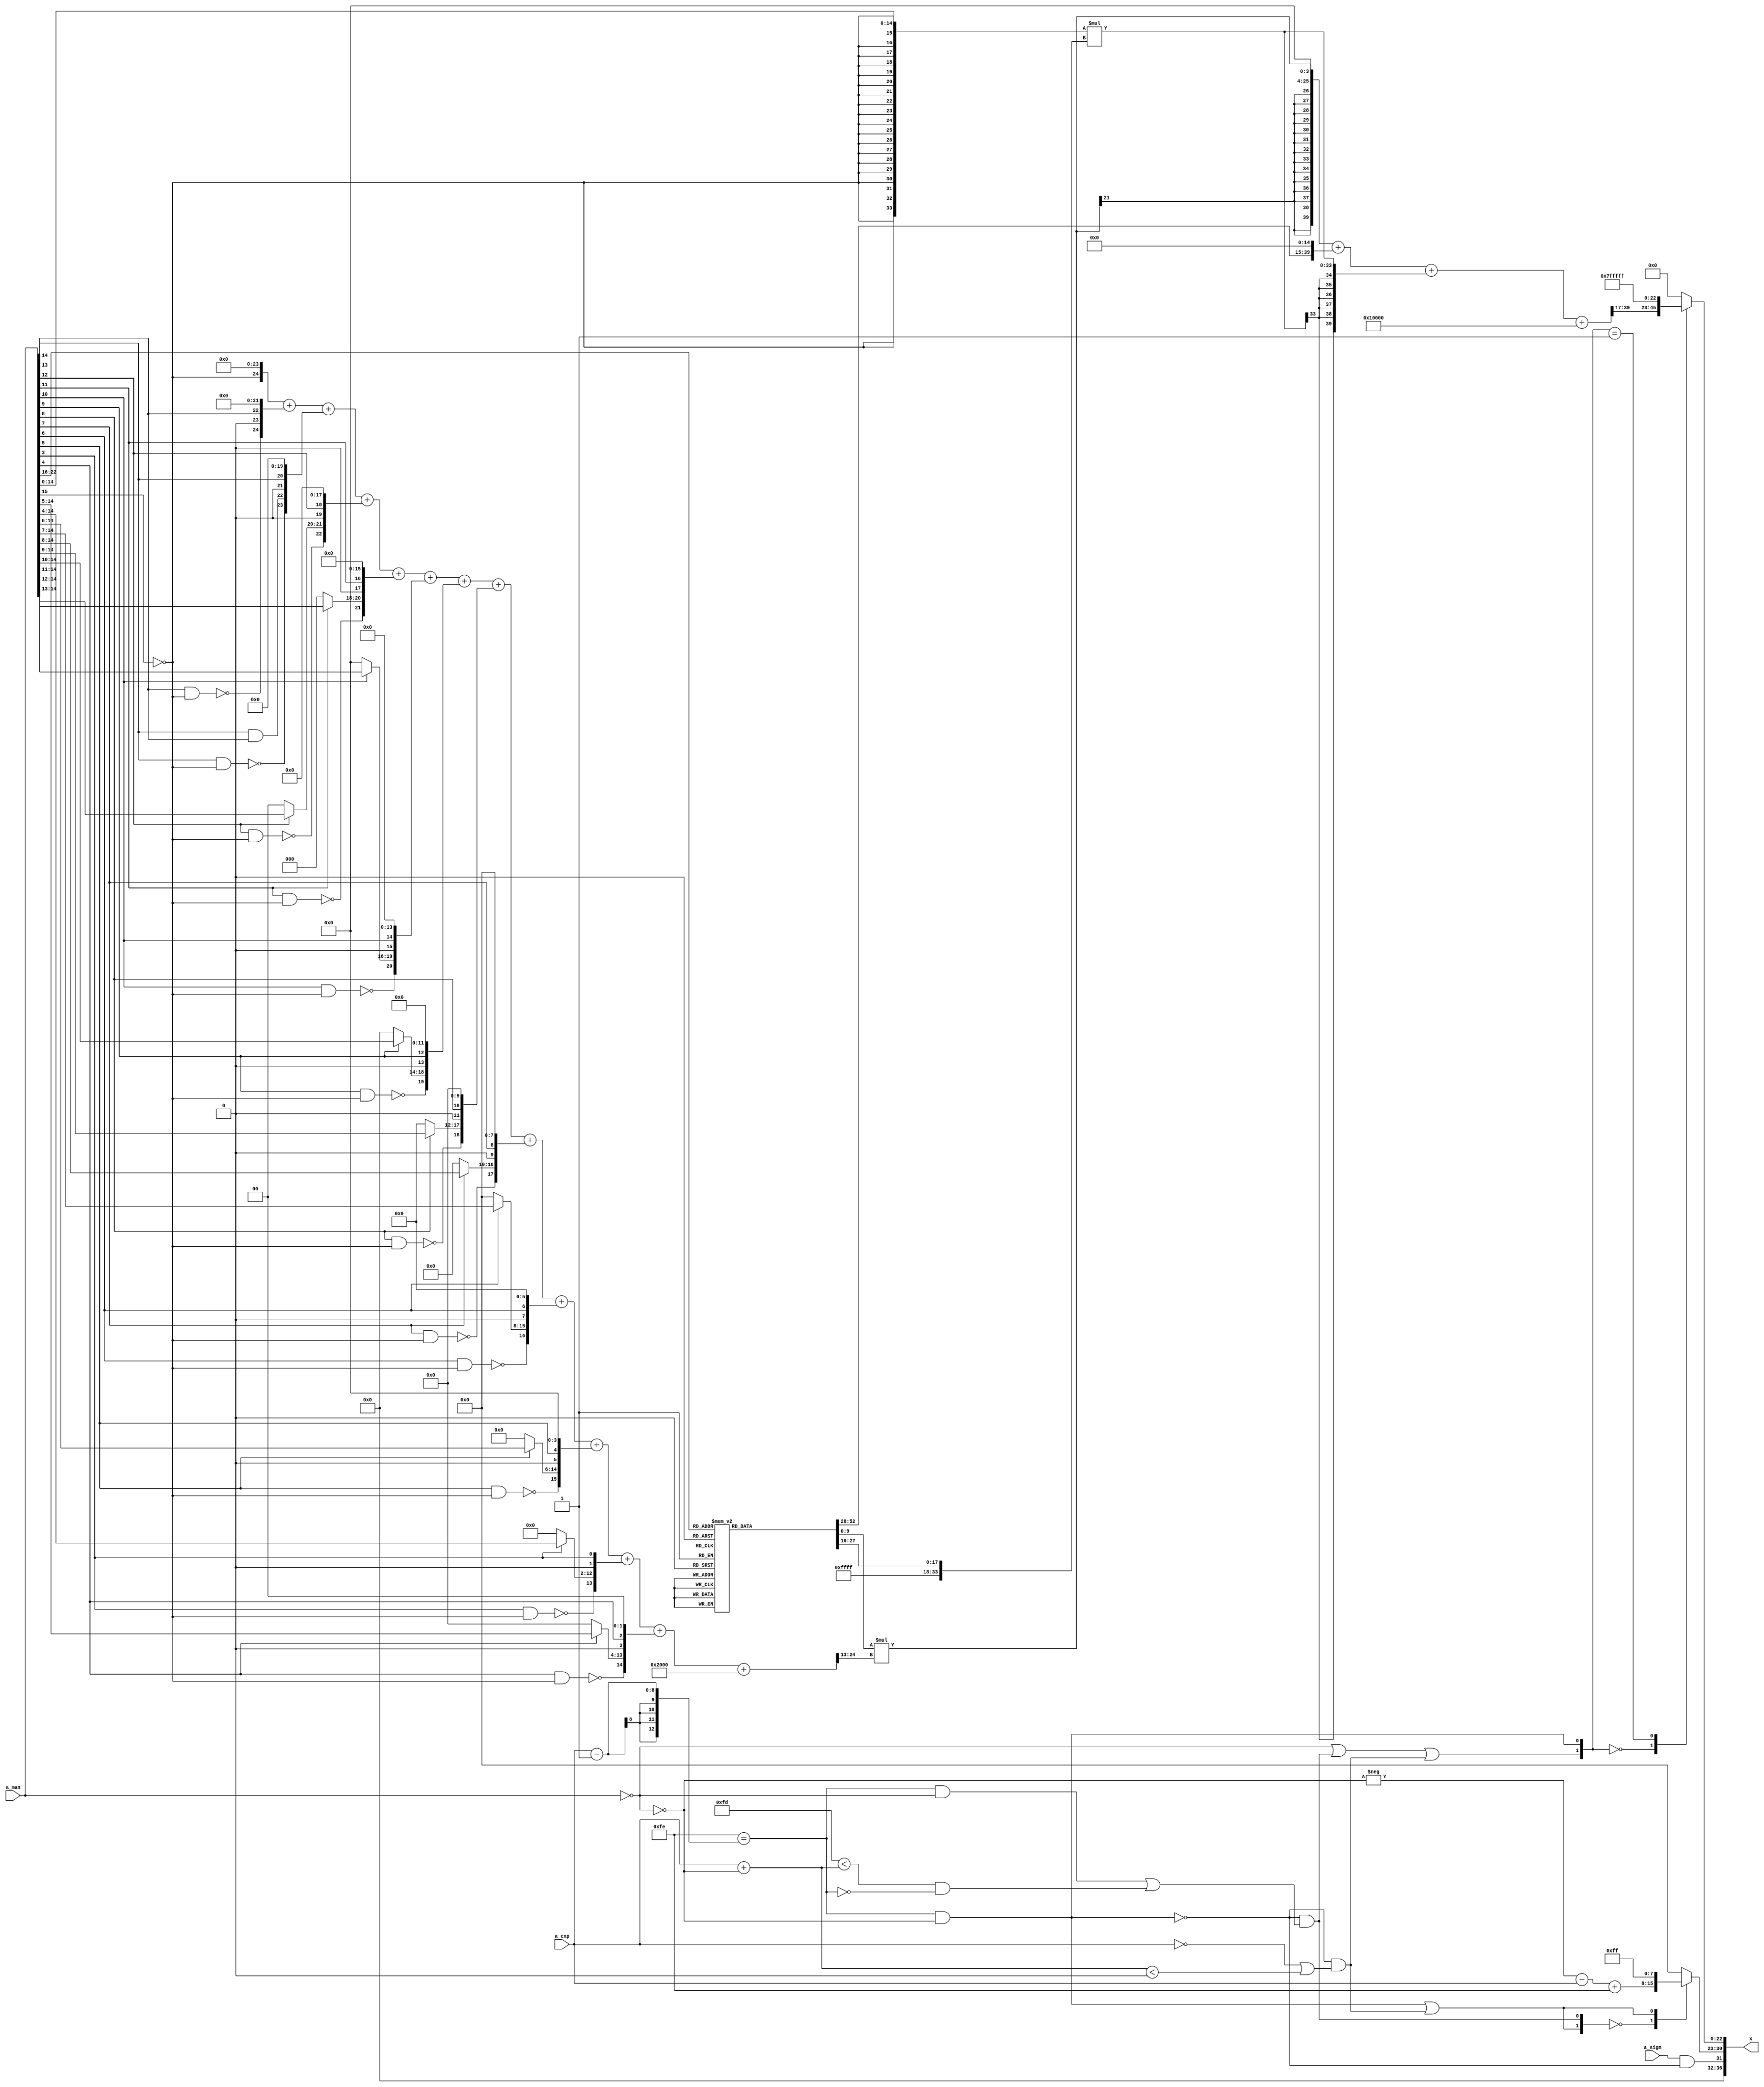
/*****************************************************************************
    Verilog RTL Description
    
    
    Created by: CellMath Designer 2019.1.01 
*******************************************************************************/

module float_div_cynw_cm_float_rcp_E8_M23_2_0 (
	a_sign,
	a_exp,
	a_man,
	x
	); /* architecture "behavioural" */ 
input  a_sign;
input [7:0] a_exp;
input [22:0] a_man;
output [36:0] x;
wire  inst_cellmath__16,
	inst_cellmath__17,
	inst_cellmath__18,
	inst_cellmath__22,
	inst_cellmath__24,
	inst_cellmath__25,
	inst_cellmath__26,
	inst_cellmath__28,
	inst_cellmath__29,
	inst_cellmath__30;
wire [7:0] inst_cellmath__31,
	inst_cellmath__32;
wire  inst_cellmath__34;
wire [15:0] inst_cellmath__36;
wire [18:0] inst_cellmath__38;
wire [26:0] inst_mult_d_cellmath__49;
wire [23:0] inst_FP_RECIP_MULT_C_mult_c_datapath_prodSum;
wire [36:0] inst_FP_RECIP_MULT_B_mult_b_datapath_prodSum;
wire [39:0] inst_cellmath__57;
wire [22:0] inst_cellmath__59;
wire [31:0] inst_cellmath__69;
wire [0:0] inst_cellmath__22__5,
	inst_cellmath__22__4,
	inst_cellmath__28__7,
	inst_cellmath__29__8,
	inst_cellmath__32__14;
wire [1:0] inst_mult_d_cellmath__49__17,
	inst_mult_d_cellmath__49__16;
wire [10:0] inst_mult_d_cellmath__49__18;
wire [13:0] inst_mult_d_cellmath__49__15;
wire [1:0] inst_mult_d_cellmath__49__22,
	inst_mult_d_cellmath__49__21;
wire [9:0] inst_mult_d_cellmath__49__23;
wire [12:0] inst_mult_d_cellmath__49__20;
wire [1:0] inst_mult_d_cellmath__49__27,
	inst_mult_d_cellmath__49__26;
wire [8:0] inst_mult_d_cellmath__49__28;
wire [11:0] inst_mult_d_cellmath__49__25;
wire [1:0] inst_mult_d_cellmath__49__32,
	inst_mult_d_cellmath__49__31;
wire [7:0] inst_mult_d_cellmath__49__33;
wire [10:0] inst_mult_d_cellmath__49__30;
wire [1:0] inst_mult_d_cellmath__49__37,
	inst_mult_d_cellmath__49__36;
wire [6:0] inst_mult_d_cellmath__49__38;
wire [9:0] inst_mult_d_cellmath__49__35;
wire [1:0] inst_mult_d_cellmath__49__42,
	inst_mult_d_cellmath__49__41;
wire [5:0] inst_mult_d_cellmath__49__43;
wire [8:0] inst_mult_d_cellmath__49__40;
wire [1:0] inst_mult_d_cellmath__49__47,
	inst_mult_d_cellmath__49__46;
wire [4:0] inst_mult_d_cellmath__49__48;
wire [7:0] inst_mult_d_cellmath__49__45;
wire [1:0] inst_mult_d_cellmath__49__52,
	inst_mult_d_cellmath__49__51;
wire [3:0] inst_mult_d_cellmath__49__53;
wire [6:0] inst_mult_d_cellmath__49__50;
wire [1:0] inst_mult_d_cellmath__49__57,
	inst_mult_d_cellmath__49__56;
wire [2:0] inst_mult_d_cellmath__49__58;
wire [5:0] inst_mult_d_cellmath__49__55;
wire [1:0] inst_mult_d_cellmath__49__62,
	inst_mult_d_cellmath__49__61,
	inst_mult_d_cellmath__49__63;
wire [4:0] inst_mult_d_cellmath__49__60;
wire [1:0] inst_mult_d_cellmath__49__67,
	inst_mult_d_cellmath__49__66;
wire [0:0] inst_mult_d_cellmath__49__68;
wire [3:0] inst_mult_d_cellmath__49__65;
wire [1:0] inst_mult_d_cellmath__49__72,
	inst_mult_d_cellmath__49__71;
wire [2:0] inst_mult_d_cellmath__49__70;
wire [0:0] inst_cellmath__59__81;
wire [1:0] inst_cellmath__32__14_0,
	inst_cellmath__59__81_0;
wire [52:0] inst_noninc_a_cellmath__42_0;

assign x[32] = 1'B0;

assign inst_cellmath__17 = (13'B0000011111110==(a_exp - 13'B0000000000001));

assign inst_cellmath__18 = (27'B000000000000000000000000000==a_man);

assign inst_cellmath__25 = 
	(inst_cellmath__17)
	&((~inst_cellmath__18));

assign inst_cellmath__16 = (12'B000000000000==a_exp);

assign inst_cellmath__22__5 = ~inst_cellmath__18;

assign inst_cellmath__26 = ((a_exp + inst_cellmath__22__5)<12'B000000000000);

assign inst_cellmath__29__8 = 
	(inst_cellmath__16)
	|(inst_cellmath__26);

assign inst_cellmath__29 = 
	((~inst_cellmath__25))
	&(inst_cellmath__29__8);

assign inst_cellmath__32__14 = 
	(inst_cellmath__25)
	|(inst_cellmath__29);

assign inst_cellmath__24 = 
	(inst_cellmath__17)
	&(inst_cellmath__18);

assign inst_cellmath__22__4 = (14'B00000011111101<(a_exp + inst_cellmath__22__5));

assign inst_cellmath__22 = 
	(inst_cellmath__22__4)
	&((~inst_cellmath__17));

assign inst_cellmath__28__7 = 
	(inst_cellmath__24)
	|(inst_cellmath__22);

assign inst_cellmath__28 = 
	((~inst_cellmath__25))
	&(inst_cellmath__28__7);

assign inst_cellmath__32__14_0 = {inst_cellmath__32__14,inst_cellmath__28};

assign inst_cellmath__30 = 
	(a_sign)
	&((~inst_cellmath__25));

wire [7:0] inst_cellmath__31_tmp_0;
assign inst_cellmath__31_tmp_0 = 
	-(inst_cellmath__22__5)
	-(a_exp);
assign inst_cellmath__31 = inst_cellmath__31_tmp_0
	+(8'B11111110);

reg [7:0] inst_cellmath__32_tmp_1;
assign inst_cellmath__32 = inst_cellmath__32_tmp_1;
always @ (inst_cellmath__32__14_0 or inst_cellmath__31) begin
	casez (inst_cellmath__32__14_0)
		2'B00 : inst_cellmath__32_tmp_1 = inst_cellmath__31 ;
		2'B1? : inst_cellmath__32_tmp_1 = 8'B11111111 ;
		default : inst_cellmath__32_tmp_1 = {8{1'b0}} ;
	endcase
end

assign inst_cellmath__59__81 = 
	(inst_cellmath__18)
	|(inst_cellmath__28)
	|(inst_cellmath__29);

assign inst_cellmath__59__81_0 = {inst_cellmath__59__81,inst_cellmath__25};

assign inst_cellmath__34 = ~a_man[15];

assign inst_mult_d_cellmath__49__72[0] = 
	(a_man[14])
	&(inst_cellmath__34);

assign inst_mult_d_cellmath__49__71[0] = ~inst_mult_d_cellmath__49__72[0];

assign inst_mult_d_cellmath__49__70 = {inst_mult_d_cellmath__49__71[0],1'B0,a_man[14]};

assign inst_mult_d_cellmath__49__67[0] = 
	(a_man[13])
	&(inst_cellmath__34);

assign inst_mult_d_cellmath__49__66[0] = ~inst_mult_d_cellmath__49__67[0];

assign inst_mult_d_cellmath__49__68 = 
	(a_man[13])
	&(a_man[14]);

assign inst_mult_d_cellmath__49__65 = {inst_mult_d_cellmath__49__66[0],inst_mult_d_cellmath__49__68,1'B0,a_man[13]};

assign inst_mult_d_cellmath__49__62[0] = 
	(a_man[12])
	&(inst_cellmath__34);

assign inst_mult_d_cellmath__49__61[0] = ~inst_mult_d_cellmath__49__62[0];

reg [1:0] inst_mult_d_cellmath__49__63_tmp_2;
assign inst_mult_d_cellmath__49__63 = inst_mult_d_cellmath__49__63_tmp_2;
always @ (a_man[12] or a_man[14:13]) begin
	case (a_man[12])
		1'B1 : inst_mult_d_cellmath__49__63_tmp_2 = a_man[14:13] ;
		default : inst_mult_d_cellmath__49__63_tmp_2 = {2{1'b0}} ;
	endcase
end

assign inst_mult_d_cellmath__49__60 = {inst_mult_d_cellmath__49__61[0],inst_mult_d_cellmath__49__63,1'B0,a_man[12]};

assign inst_mult_d_cellmath__49__57[0] = 
	(a_man[11])
	&(inst_cellmath__34);

assign inst_mult_d_cellmath__49__56[0] = ~inst_mult_d_cellmath__49__57[0];

reg [2:0] inst_mult_d_cellmath__49__58_tmp_3;
assign inst_mult_d_cellmath__49__58 = inst_mult_d_cellmath__49__58_tmp_3;
always @ (a_man[11] or a_man[14:12]) begin
	case (a_man[11])
		1'B1 : inst_mult_d_cellmath__49__58_tmp_3 = a_man[14:12] ;
		default : inst_mult_d_cellmath__49__58_tmp_3 = {3{1'b0}} ;
	endcase
end

assign inst_mult_d_cellmath__49__55 = {inst_mult_d_cellmath__49__56[0],inst_mult_d_cellmath__49__58,1'B0,a_man[11]};

assign inst_mult_d_cellmath__49__52[0] = 
	(a_man[10])
	&(inst_cellmath__34);

assign inst_mult_d_cellmath__49__51[0] = ~inst_mult_d_cellmath__49__52[0];

reg [3:0] inst_mult_d_cellmath__49__53_tmp_4;
assign inst_mult_d_cellmath__49__53 = inst_mult_d_cellmath__49__53_tmp_4;
always @ (a_man[10] or a_man[14:11]) begin
	case (a_man[10])
		1'B1 : inst_mult_d_cellmath__49__53_tmp_4 = a_man[14:11] ;
		default : inst_mult_d_cellmath__49__53_tmp_4 = {4{1'b0}} ;
	endcase
end

assign inst_mult_d_cellmath__49__50 = {inst_mult_d_cellmath__49__51[0],inst_mult_d_cellmath__49__53,1'B0,a_man[10]};

assign inst_mult_d_cellmath__49__47[0] = 
	(a_man[9])
	&(inst_cellmath__34);

assign inst_mult_d_cellmath__49__46[0] = ~inst_mult_d_cellmath__49__47[0];

reg [4:0] inst_mult_d_cellmath__49__48_tmp_5;
assign inst_mult_d_cellmath__49__48 = inst_mult_d_cellmath__49__48_tmp_5;
always @ (a_man[9] or a_man[14:10]) begin
	case (a_man[9])
		1'B1 : inst_mult_d_cellmath__49__48_tmp_5 = a_man[14:10] ;
		default : inst_mult_d_cellmath__49__48_tmp_5 = {5{1'b0}} ;
	endcase
end

assign inst_mult_d_cellmath__49__45 = {inst_mult_d_cellmath__49__46[0],inst_mult_d_cellmath__49__48,1'B0,a_man[9]};

assign inst_mult_d_cellmath__49__42[0] = 
	(a_man[8])
	&(inst_cellmath__34);

assign inst_mult_d_cellmath__49__41[0] = ~inst_mult_d_cellmath__49__42[0];

reg [5:0] inst_mult_d_cellmath__49__43_tmp_6;
assign inst_mult_d_cellmath__49__43 = inst_mult_d_cellmath__49__43_tmp_6;
always @ (a_man[8] or a_man[14:9]) begin
	case (a_man[8])
		1'B1 : inst_mult_d_cellmath__49__43_tmp_6 = a_man[14:9] ;
		default : inst_mult_d_cellmath__49__43_tmp_6 = {6{1'b0}} ;
	endcase
end

assign inst_mult_d_cellmath__49__40 = {inst_mult_d_cellmath__49__41[0],inst_mult_d_cellmath__49__43,1'B0,a_man[8]};

assign inst_mult_d_cellmath__49__37[0] = 
	(a_man[7])
	&(inst_cellmath__34);

assign inst_mult_d_cellmath__49__36[0] = ~inst_mult_d_cellmath__49__37[0];

reg [6:0] inst_mult_d_cellmath__49__38_tmp_7;
assign inst_mult_d_cellmath__49__38 = inst_mult_d_cellmath__49__38_tmp_7;
always @ (a_man[7] or a_man[14:8]) begin
	case (a_man[7])
		1'B1 : inst_mult_d_cellmath__49__38_tmp_7 = a_man[14:8] ;
		default : inst_mult_d_cellmath__49__38_tmp_7 = {7{1'b0}} ;
	endcase
end

assign inst_mult_d_cellmath__49__35 = {inst_mult_d_cellmath__49__36[0],inst_mult_d_cellmath__49__38,1'B0,a_man[7]};

assign inst_mult_d_cellmath__49__32[0] = 
	(a_man[6])
	&(inst_cellmath__34);

assign inst_mult_d_cellmath__49__31[0] = ~inst_mult_d_cellmath__49__32[0];

reg [7:0] inst_mult_d_cellmath__49__33_tmp_8;
assign inst_mult_d_cellmath__49__33 = inst_mult_d_cellmath__49__33_tmp_8;
always @ (a_man[6] or a_man[14:7]) begin
	case (a_man[6])
		1'B1 : inst_mult_d_cellmath__49__33_tmp_8 = a_man[14:7] ;
		default : inst_mult_d_cellmath__49__33_tmp_8 = {8{1'b0}} ;
	endcase
end

assign inst_mult_d_cellmath__49__30 = {inst_mult_d_cellmath__49__31[0],inst_mult_d_cellmath__49__33,1'B0,a_man[6]};

assign inst_mult_d_cellmath__49__27[0] = 
	(a_man[5])
	&(inst_cellmath__34);

assign inst_mult_d_cellmath__49__26[0] = ~inst_mult_d_cellmath__49__27[0];

reg [8:0] inst_mult_d_cellmath__49__28_tmp_9;
assign inst_mult_d_cellmath__49__28 = inst_mult_d_cellmath__49__28_tmp_9;
always @ (a_man[5] or a_man[14:6]) begin
	case (a_man[5])
		1'B1 : inst_mult_d_cellmath__49__28_tmp_9 = a_man[14:6] ;
		default : inst_mult_d_cellmath__49__28_tmp_9 = {9{1'b0}} ;
	endcase
end

assign inst_mult_d_cellmath__49__25 = {inst_mult_d_cellmath__49__26[0],inst_mult_d_cellmath__49__28,1'B0,a_man[5]};

assign inst_mult_d_cellmath__49__17[0] = 
	(a_man[3])
	&(inst_cellmath__34);

assign inst_mult_d_cellmath__49__16[0] = ~inst_mult_d_cellmath__49__17[0];

reg [10:0] inst_mult_d_cellmath__49__18_tmp_10;
assign inst_mult_d_cellmath__49__18 = inst_mult_d_cellmath__49__18_tmp_10;
always @ (a_man[3] or a_man[14:4]) begin
	case (a_man[3])
		1'B1 : inst_mult_d_cellmath__49__18_tmp_10 = a_man[14:4] ;
		default : inst_mult_d_cellmath__49__18_tmp_10 = {11{1'b0}} ;
	endcase
end

assign inst_mult_d_cellmath__49__15 = {inst_mult_d_cellmath__49__16[0],inst_mult_d_cellmath__49__18,1'B0,a_man[3]};

assign inst_mult_d_cellmath__49__22[0] = 
	(a_man[4])
	&(inst_cellmath__34);

assign inst_mult_d_cellmath__49__21[0] = ~inst_mult_d_cellmath__49__22[0];

reg [9:0] inst_mult_d_cellmath__49__23_tmp_11;
assign inst_mult_d_cellmath__49__23 = inst_mult_d_cellmath__49__23_tmp_11;
always @ (a_man[4] or a_man[14:5]) begin
	case (a_man[4])
		1'B1 : inst_mult_d_cellmath__49__23_tmp_11 = a_man[14:5] ;
		default : inst_mult_d_cellmath__49__23_tmp_11 = {10{1'b0}} ;
	endcase
end

assign inst_mult_d_cellmath__49__20 = {inst_mult_d_cellmath__49__21[0],inst_mult_d_cellmath__49__23,1'B0,a_man[4]};

wire [24:0] inst_mult_d_cellmath__49_tmp_12;
wire [24:0] inst_mult_d_cellmath__49_tmp_13;
wire [24:0] inst_mult_d_cellmath__49_tmp_14;
wire [24:0] inst_mult_d_cellmath__49_tmp_15;
wire [24:0] inst_mult_d_cellmath__49_tmp_16;
wire [24:0] inst_mult_d_cellmath__49_tmp_17;
wire [24:0] inst_mult_d_cellmath__49_tmp_18;
wire [24:0] inst_mult_d_cellmath__49_tmp_19;
wire [24:0] inst_mult_d_cellmath__49_tmp_20;
wire [24:0] inst_mult_d_cellmath__49_tmp_21;
wire [24:0] inst_mult_d_cellmath__49_tmp_22;
wire [24:0] inst_mult_d_cellmath__49_tmp_23;
assign inst_mult_d_cellmath__49_tmp_23 = 
	+((inst_cellmath__34<<24))
	+((inst_mult_d_cellmath__49__70<<22));
assign inst_mult_d_cellmath__49_tmp_22 = inst_mult_d_cellmath__49_tmp_23
	+((inst_mult_d_cellmath__49__65<<20));
assign inst_mult_d_cellmath__49_tmp_21 = inst_mult_d_cellmath__49_tmp_22
	+((inst_mult_d_cellmath__49__60<<18));
assign inst_mult_d_cellmath__49_tmp_20 = inst_mult_d_cellmath__49_tmp_21
	+((inst_mult_d_cellmath__49__55<<16));
assign inst_mult_d_cellmath__49_tmp_19 = inst_mult_d_cellmath__49_tmp_20
	+((inst_mult_d_cellmath__49__50<<14));
assign inst_mult_d_cellmath__49_tmp_18 = inst_mult_d_cellmath__49_tmp_19
	+((inst_mult_d_cellmath__49__45<<12));
assign inst_mult_d_cellmath__49_tmp_17 = inst_mult_d_cellmath__49_tmp_18
	+((inst_mult_d_cellmath__49__40<<10));
assign inst_mult_d_cellmath__49_tmp_16 = inst_mult_d_cellmath__49_tmp_17
	+((inst_mult_d_cellmath__49__35<<8));
assign inst_mult_d_cellmath__49_tmp_15 = inst_mult_d_cellmath__49_tmp_16
	+((inst_mult_d_cellmath__49__30<<6));
assign inst_mult_d_cellmath__49_tmp_14 = inst_mult_d_cellmath__49_tmp_15
	+((inst_mult_d_cellmath__49__25<<4));
assign inst_mult_d_cellmath__49_tmp_13 = inst_mult_d_cellmath__49_tmp_14
	+(inst_mult_d_cellmath__49__15);
assign inst_mult_d_cellmath__49_tmp_12 = inst_mult_d_cellmath__49_tmp_13
	+((inst_mult_d_cellmath__49__20<<2));
assign inst_mult_d_cellmath__49[24:0] = inst_mult_d_cellmath__49_tmp_12
	+(25'B0000000000010000000000000);

reg [52:0] inst_noninc_a_cellmath__42_0_tmp_24;
assign inst_noninc_a_cellmath__42_0 = inst_noninc_a_cellmath__42_0_tmp_24;
always @ (a_man[22:16]) begin
	case (a_man[22:16])
		7'B0000000 : inst_noninc_a_cellmath__42_0_tmp_24 = 53'B11111110000000011111111000000000111111100101111110100 ;
		7'B0000001 : inst_noninc_a_cellmath__42_0_tmp_24 = 53'B11111010000100011100101010000010111100100111111011100 ;
		7'B0000010 : inst_noninc_a_cellmath__42_0_tmp_24 = 53'B11110110001100010000101010000100110110110011111000110 ;
		7'B0000011 : inst_noninc_a_cellmath__42_0_tmp_24 = 53'B11110010010111110110010000000110101110001111110110000 ;
		7'B0000100 : inst_noninc_a_cellmath__42_0_tmp_24 = 53'B11101110100111000111111110001000100010111101110011011 ;
		7'B0000101 : inst_noninc_a_cellmath__42_0_tmp_24 = 53'B11101010111010000000011110001010010101000011110000110 ;
		7'B0000110 : inst_noninc_a_cellmath__42_0_tmp_24 = 53'B11100111010000011010101000001100000100100111101110010 ;
		7'B0000111 : inst_noninc_a_cellmath__42_0_tmp_24 = 53'B11100011101010010001011110001101110001101111101011111 ;
		7'B0001000 : inst_noninc_a_cellmath__42_0_tmp_24 = 53'B11100000000111100000000110001111011100011101101001100 ;
		7'B0001001 : inst_noninc_a_cellmath__42_0_tmp_24 = 53'B11011100101000000001110110010001000100110101100111010 ;
		7'B0001010 : inst_noninc_a_cellmath__42_0_tmp_24 = 53'B11011001001011110010001000010010101010111111100101000 ;
		7'B0001011 : inst_noninc_a_cellmath__42_0_tmp_24 = 53'B11010101110010101100100000010100001110111101100010111 ;
		7'B0001100 : inst_noninc_a_cellmath__42_0_tmp_24 = 53'B11010010011100101100101000010101110000110001100000110 ;
		7'B0001101 : inst_noninc_a_cellmath__42_0_tmp_24 = 53'B11001111001001101110010110010111010000100011011110101 ;
		7'B0001110 : inst_noninc_a_cellmath__42_0_tmp_24 = 53'B11001011111001101101100100011000101110010011011100110 ;
		7'B0001111 : inst_noninc_a_cellmath__42_0_tmp_24 = 53'B11001000101100100110010110011010001010000111011010110 ;
		7'B0010000 : inst_noninc_a_cellmath__42_0_tmp_24 = 53'B11000101100010010100110100011011100011111111011000111 ;
		7'B0010001 : inst_noninc_a_cellmath__42_0_tmp_24 = 53'B11000010011010110101001110011100111100000011010111001 ;
		7'B0010010 : inst_noninc_a_cellmath__42_0_tmp_24 = 53'B10111111010110000011111010011110010010010011010101010 ;
		7'B0010011 : inst_noninc_a_cellmath__42_0_tmp_24 = 53'B10111100010011111101011000011111100110110101010011101 ;
		7'B0010100 : inst_noninc_a_cellmath__42_0_tmp_24 = 53'B10111001010100011110001010100000111001101001010001111 ;
		7'B0010101 : inst_noninc_a_cellmath__42_0_tmp_24 = 53'B10110110010111100010111000100010001010110001010000010 ;
		7'B0010110 : inst_noninc_a_cellmath__42_0_tmp_24 = 53'B10110011011101001000010010100011011010010101001110101 ;
		7'B0010111 : inst_noninc_a_cellmath__42_0_tmp_24 = 53'B10110000100101001011001100100100101000010011001101001 ;
		7'B0011000 : inst_noninc_a_cellmath__42_0_tmp_24 = 53'B10101101101111101000011110100101110100101111001011101 ;
		7'B0011001 : inst_noninc_a_cellmath__42_0_tmp_24 = 53'B10101010111100011101001010100110111111101011001010001 ;
		7'B0011010 : inst_noninc_a_cellmath__42_0_tmp_24 = 53'B10101000001011100110010100101000001001001011001000110 ;
		7'B0011011 : inst_noninc_a_cellmath__42_0_tmp_24 = 53'B10100101011101000001000000101001010001010001000111011 ;
		7'B0011100 : inst_noninc_a_cellmath__42_0_tmp_24 = 53'B10100010110000101010100000101010010111111111000110000 ;
		7'B0011101 : inst_noninc_a_cellmath__42_0_tmp_24 = 53'B10100000000110100000000110101011011101010111000100101 ;
		7'B0011110 : inst_noninc_a_cellmath__42_0_tmp_24 = 53'B10011101011110011111000100101100100001011011000011011 ;
		7'B0011111 : inst_noninc_a_cellmath__42_0_tmp_24 = 53'B10011010111000100100111010101101100100001101000010001 ;
		7'B0100000 : inst_noninc_a_cellmath__42_0_tmp_24 = 53'B10011000010100101111000010101110100101101111000000111 ;
		7'B0100001 : inst_noninc_a_cellmath__42_0_tmp_24 = 53'B10010101110010111011000010101111100110000010111111101 ;
		7'B0100010 : inst_noninc_a_cellmath__42_0_tmp_24 = 53'B10010011010011000110011110110000100101001100111110100 ;
		7'B0100011 : inst_noninc_a_cellmath__42_0_tmp_24 = 53'B10010000110101001111000100110001100011001010111101011 ;
		7'B0100100 : inst_noninc_a_cellmath__42_0_tmp_24 = 53'B10001110011001010010011110110010100000000010111100010 ;
		7'B0100101 : inst_noninc_a_cellmath__42_0_tmp_24 = 53'B10001011111111001110100000110011011011110010111011001 ;
		7'B0100110 : inst_noninc_a_cellmath__42_0_tmp_24 = 53'B10001001100111000000111100110100010110011110111010001 ;
		7'B0100111 : inst_noninc_a_cellmath__42_0_tmp_24 = 53'B10000111010000100111101110110101010000000110111001000 ;
		7'B0101000 : inst_noninc_a_cellmath__42_0_tmp_24 = 53'B10000100111100000000110000110110001000101110111000000 ;
		7'B0101001 : inst_noninc_a_cellmath__42_0_tmp_24 = 53'B10000010101001001010000000110111000000010110110111000 ;
		7'B0101010 : inst_noninc_a_cellmath__42_0_tmp_24 = 53'B10000000011000000001100000110111110110111110110110001 ;
		7'B0101011 : inst_noninc_a_cellmath__42_0_tmp_24 = 53'B01111110001000100101010100111000101100101010110101001 ;
		7'B0101100 : inst_noninc_a_cellmath__42_0_tmp_24 = 53'B01111011111010110011100100111001100001011010110100010 ;
		7'B0101101 : inst_noninc_a_cellmath__42_0_tmp_24 = 53'B01111001101110101010011010111010010101010000110011011 ;
		7'B0101110 : inst_noninc_a_cellmath__42_0_tmp_24 = 53'B01110111100100001000000100111011001000001110110010100 ;
		7'B0101111 : inst_noninc_a_cellmath__42_0_tmp_24 = 53'B01110101011011001010110000111011111010010100110001101 ;
		7'B0110000 : inst_noninc_a_cellmath__42_0_tmp_24 = 53'B01110011010011110000110000111100101011100010110000110 ;
		7'B0110001 : inst_noninc_a_cellmath__42_0_tmp_24 = 53'B01110001001101111000011010111101011011111110110000000 ;
		7'B0110010 : inst_noninc_a_cellmath__42_0_tmp_24 = 53'B01101111001001100000000100111110001011100100101111001 ;
		7'B0110011 : inst_noninc_a_cellmath__42_0_tmp_24 = 53'B01101101000110100110001000111110111010010110101110011 ;
		7'B0110100 : inst_noninc_a_cellmath__42_0_tmp_24 = 53'B01101011000101001001000010111111101000011000101101101 ;
		7'B0110101 : inst_noninc_a_cellmath__42_0_tmp_24 = 53'B01101001000101000111001111000000010101101010101100111 ;
		7'B0110110 : inst_noninc_a_cellmath__42_0_tmp_24 = 53'B01100111000110011111001101000001000010001100101100001 ;
		7'B0110111 : inst_noninc_a_cellmath__42_0_tmp_24 = 53'B01100101001001001111100001000001101110000000101011011 ;
		7'B0111000 : inst_noninc_a_cellmath__42_0_tmp_24 = 53'B01100011001101010110101111000010011001000110101010101 ;
		7'B0111001 : inst_noninc_a_cellmath__42_0_tmp_24 = 53'B01100001010010110011011011000011000011011110101010000 ;
		7'B0111010 : inst_noninc_a_cellmath__42_0_tmp_24 = 53'B01011111011001100100001101000011101101001100101001011 ;
		7'B0111011 : inst_noninc_a_cellmath__42_0_tmp_24 = 53'B01011101100001100111110001000100010110010000101000101 ;
		7'B0111100 : inst_noninc_a_cellmath__42_0_tmp_24 = 53'B01011011101010111100110001000100111110101010101000000 ;
		7'B0111101 : inst_noninc_a_cellmath__42_0_tmp_24 = 53'B01011001110101100001111101000101100110011010100111011 ;
		7'B0111110 : inst_noninc_a_cellmath__42_0_tmp_24 = 53'B01011000000001010110000001000110001101100010100110110 ;
		7'B0111111 : inst_noninc_a_cellmath__42_0_tmp_24 = 53'B01010110001110010111101111000110110100000100100110001 ;
		7'B1000000 : inst_noninc_a_cellmath__42_0_tmp_24 = 53'B01010100011100100101111001000111011010000000100101101 ;
		7'B1000001 : inst_noninc_a_cellmath__42_0_tmp_24 = 53'B01010010101011111111010101000111111111010110100101000 ;
		7'B1000010 : inst_noninc_a_cellmath__42_0_tmp_24 = 53'B01010000111100100010111001001000100100000110100100011 ;
		7'B1000011 : inst_noninc_a_cellmath__42_0_tmp_24 = 53'B01001111001110001111011001001001001000010100100011111 ;
		7'B1000100 : inst_noninc_a_cellmath__42_0_tmp_24 = 53'B01001101100001000011101111001001101011111110100011011 ;
		7'B1000101 : inst_noninc_a_cellmath__42_0_tmp_24 = 53'B01001011110100111110110111001010001111000100100010110 ;
		7'B1000110 : inst_noninc_a_cellmath__42_0_tmp_24 = 53'B01001010001001111111101011001010110001101010100010010 ;
		7'B1000111 : inst_noninc_a_cellmath__42_0_tmp_24 = 53'B01001000100000000101001001001011010011101110100001110 ;
		7'B1001000 : inst_noninc_a_cellmath__42_0_tmp_24 = 53'B01000110110111001110001101001011110101010010100001010 ;
		7'B1001001 : inst_noninc_a_cellmath__42_0_tmp_24 = 53'B01000101001111011001111001001100010110010110100000110 ;
		7'B1001010 : inst_noninc_a_cellmath__42_0_tmp_24 = 53'B01000011101000100111001101001100110110111010100000010 ;
		7'B1001011 : inst_noninc_a_cellmath__42_0_tmp_24 = 53'B01000010000010110101001001001101010111000000011111110 ;
		7'B1001100 : inst_noninc_a_cellmath__42_0_tmp_24 = 53'B01000000011110000010110101001101110110100110011111011 ;
		7'B1001101 : inst_noninc_a_cellmath__42_0_tmp_24 = 53'B00111110111010001111010001001110010101110000011110111 ;
		7'B1001110 : inst_noninc_a_cellmath__42_0_tmp_24 = 53'B00111101010111011001100101001110110100011110011110011 ;
		7'B1001111 : inst_noninc_a_cellmath__42_0_tmp_24 = 53'B00111011110101100000110111001111010010110000011110000 ;
		7'B1010000 : inst_noninc_a_cellmath__42_0_tmp_24 = 53'B00111010010100100100001111001111110000100100011101100 ;
		7'B1010001 : inst_noninc_a_cellmath__42_0_tmp_24 = 53'B00111000110100100010110101010000001101111110011101001 ;
		7'B1010010 : inst_noninc_a_cellmath__42_0_tmp_24 = 53'B00110111010101011011110101010000101010111110011100110 ;
		7'B1010011 : inst_noninc_a_cellmath__42_0_tmp_24 = 53'B00110101110111001110010111010001000111100010011100010 ;
		7'B1010100 : inst_noninc_a_cellmath__42_0_tmp_24 = 53'B00110100011001111001101011010001100011101110011011111 ;
		7'B1010101 : inst_noninc_a_cellmath__42_0_tmp_24 = 53'B00110010111101011100111011010001111111100000011011100 ;
		7'B1010110 : inst_noninc_a_cellmath__42_0_tmp_24 = 53'B00110001100001110111010111010010011010111000011011001 ;
		7'B1010111 : inst_noninc_a_cellmath__42_0_tmp_24 = 53'B00110000000111001000001011010010110101111000011010110 ;
		7'B1011000 : inst_noninc_a_cellmath__42_0_tmp_24 = 53'B00101110101101001110101001010011010000100010011010011 ;
		7'B1011001 : inst_noninc_a_cellmath__42_0_tmp_24 = 53'B00101101010100001010000001010011101010110010011010000 ;
		7'B1011010 : inst_noninc_a_cellmath__42_0_tmp_24 = 53'B00101011111011111001100011010100000100101110011001101 ;
		7'B1011011 : inst_noninc_a_cellmath__42_0_tmp_24 = 53'B00101010100100011100100101010100011110010000011001011 ;
		7'B1011100 : inst_noninc_a_cellmath__42_0_tmp_24 = 53'B00101001001101110010010111010100110111011110011001000 ;
		7'B1011101 : inst_noninc_a_cellmath__42_0_tmp_24 = 53'B00100111110111111010001111010101010000010110011000101 ;
		7'B1011110 : inst_noninc_a_cellmath__42_0_tmp_24 = 53'B00100110100010110011011111010101101000111000011000010 ;
		7'B1011111 : inst_noninc_a_cellmath__42_0_tmp_24 = 53'B00100101001110011101011111010110000001000110011000000 ;
		7'B1100000 : inst_noninc_a_cellmath__42_0_tmp_24 = 53'B00100011111010110111100101010110011000111110010111101 ;
		7'B1100001 : inst_noninc_a_cellmath__42_0_tmp_24 = 53'B00100010101000000001001001010110110000100010010111011 ;
		7'B1100010 : inst_noninc_a_cellmath__42_0_tmp_24 = 53'B00100001010101111001100001010111000111110010010111000 ;
		7'B1100011 : inst_noninc_a_cellmath__42_0_tmp_24 = 53'B00100000000100100000000101010111011110110000010110110 ;
		7'B1100100 : inst_noninc_a_cellmath__42_0_tmp_24 = 53'B00011110110011110100001111010111110101011000010110011 ;
		7'B1100101 : inst_noninc_a_cellmath__42_0_tmp_24 = 53'B00011101100011110101011001011000001011110000010110001 ;
		7'B1100110 : inst_noninc_a_cellmath__42_0_tmp_24 = 53'B00011100010100100010111111011000100001110100010101111 ;
		7'B1100111 : inst_noninc_a_cellmath__42_0_tmp_24 = 53'B00011011000101111100011001011000110111100110010101101 ;
		7'B1101000 : inst_noninc_a_cellmath__42_0_tmp_24 = 53'B00011001111000000001000111011001001101000110010101010 ;
		7'B1101001 : inst_noninc_a_cellmath__42_0_tmp_24 = 53'B00011000101010110000100001011001100010010100010101000 ;
		7'B1101010 : inst_noninc_a_cellmath__42_0_tmp_24 = 53'B00010111011110001010000111011001110111010000010100110 ;
		7'B1101011 : inst_noninc_a_cellmath__42_0_tmp_24 = 53'B00010110010010001101010101011010001011111100010100100 ;
		7'B1101100 : inst_noninc_a_cellmath__42_0_tmp_24 = 53'B00010101000110111001101001011010100000010110010100010 ;
		7'B1101101 : inst_noninc_a_cellmath__42_0_tmp_24 = 53'B00010011111100001110100011011010110100100010010100000 ;
		7'B1101110 : inst_noninc_a_cellmath__42_0_tmp_24 = 53'B00010010110010001011100011011011001000011100010011110 ;
		7'B1101111 : inst_noninc_a_cellmath__42_0_tmp_24 = 53'B00010001101000110000000111011011011100000110010011100 ;
		7'B1110000 : inst_noninc_a_cellmath__42_0_tmp_24 = 53'B00010000011111111011101111011011101111100010010011010 ;
		7'B1110001 : inst_noninc_a_cellmath__42_0_tmp_24 = 53'B00001111010111101101111111011100000010101100010011000 ;
		7'B1110010 : inst_noninc_a_cellmath__42_0_tmp_24 = 53'B00001110010000000110010101011100010101101000010010110 ;
		7'B1110011 : inst_noninc_a_cellmath__42_0_tmp_24 = 53'B00001101001001000100010101011100101000010110010010100 ;
		7'B1110100 : inst_noninc_a_cellmath__42_0_tmp_24 = 53'B00001100000010100111100001011100111010110100010010010 ;
		7'B1110101 : inst_noninc_a_cellmath__42_0_tmp_24 = 53'B00001010111100101111011101011101001101000100010010001 ;
		7'B1110110 : inst_noninc_a_cellmath__42_0_tmp_24 = 53'B00001001110111011011101001011101011111000110010001111 ;
		7'B1110111 : inst_noninc_a_cellmath__42_0_tmp_24 = 53'B00001000110010101011101101011101110000111100010001101 ;
		7'B1111000 : inst_noninc_a_cellmath__42_0_tmp_24 = 53'B00000111101110011111001011011110000010100010010001011 ;
		7'B1111001 : inst_noninc_a_cellmath__42_0_tmp_24 = 53'B00000110101010110101100111011110010011111010010001010 ;
		7'B1111010 : inst_noninc_a_cellmath__42_0_tmp_24 = 53'B00000101100111101110101001011110100101000110010001000 ;
		7'B1111011 : inst_noninc_a_cellmath__42_0_tmp_24 = 53'B00000100100101001001110011011110110110000100010000110 ;
		7'B1111100 : inst_noninc_a_cellmath__42_0_tmp_24 = 53'B00000011100011000110101101011111000110110110010000101 ;
		7'B1111101 : inst_noninc_a_cellmath__42_0_tmp_24 = 53'B00000010100001100100111111011111010111011010010000011 ;
		7'B1111110 : inst_noninc_a_cellmath__42_0_tmp_24 = 53'B00000001100000100100001101011111100111110100010000010 ;
		default : inst_noninc_a_cellmath__42_0_tmp_24 = 53'B00000000100000000100000001011111111000000000010000000 ;
	endcase
end

assign inst_FP_RECIP_MULT_C_mult_c_datapath_prodSum[21:0] = 
	+(inst_noninc_a_cellmath__42_0[9:0] * inst_mult_d_cellmath__49[24:13]);

assign inst_cellmath__38 = {1'B1,inst_noninc_a_cellmath__42_0[27:10]};

assign inst_cellmath__36 = {inst_cellmath__34,a_man[14:0]};

assign inst_FP_RECIP_MULT_B_mult_b_datapath_prodSum[33:0] = 
	+({{18{inst_cellmath__36[15]}}, inst_cellmath__36} * {{15{inst_cellmath__38[18]}}, inst_cellmath__38});

wire [39:0] inst_cellmath__57_tmp_25;
wire [39:0] inst_cellmath__57_tmp_26;
assign inst_cellmath__57_tmp_26 = 
	+(({{18{inst_FP_RECIP_MULT_C_mult_c_datapath_prodSum[21]}}, inst_FP_RECIP_MULT_C_mult_c_datapath_prodSum[21:0]}<<4))
	+((inst_noninc_a_cellmath__42_0[52:28]<<15));
assign inst_cellmath__57_tmp_25 = inst_cellmath__57_tmp_26
	+({{6{inst_FP_RECIP_MULT_B_mult_b_datapath_prodSum[33]}}, inst_FP_RECIP_MULT_B_mult_b_datapath_prodSum[33:0]});
assign inst_cellmath__57 = inst_cellmath__57_tmp_25
	+(40'B0000000000000000000000010000000000000000);

reg [22:0] inst_cellmath__59_tmp_27;
assign inst_cellmath__59 = inst_cellmath__59_tmp_27;
always @ (inst_cellmath__59__81_0 or inst_cellmath__57[39:17]) begin
	case (inst_cellmath__59__81_0)
		2'B00 : inst_cellmath__59_tmp_27 = inst_cellmath__57[39:17] ;
		2'B01 : inst_cellmath__59_tmp_27 = 23'B11111111111111111111111 ;
		default : inst_cellmath__59_tmp_27 = {23{1'b0}} ;
	endcase
end

assign inst_cellmath__69 = {inst_cellmath__30,inst_cellmath__32,inst_cellmath__59};

assign x[31:0] = inst_cellmath__69;

assign x[36:33] = 4'B0000;
endmodule

/* CADENCE  uLTxTQndrw== : u9/ySgnWtBlWxVPRXgAZ4Og= ** DO NOT EDIT THIS LINE **/